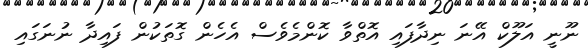
ނޫނީ އަލޫކް އޭނަ ނިދާފައި އޮތްވާ ކޮންމެވެސް އެހެން ގޮތަކުން ފައިދާ ނުނަގައި